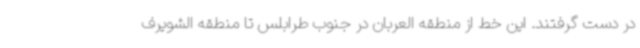
در دست گرفتند. این خط از منطقه العربان در جنوب طرابلس تا منطقه الشویرف